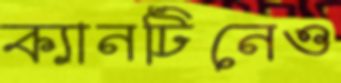
ক্যানটিনেও